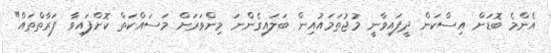
އެންމެ ބޮޑަށް އިސްކަން ދީފައިވާނީ މުޖުތަމައުއިން ބަލައިގެންނަ މިންވަރަށް މަސައްކަތް ކޮށްފައިވާ ފަރާތްތައް"